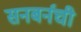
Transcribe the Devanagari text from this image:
सनबर्नची